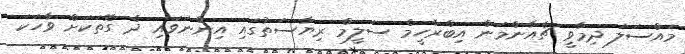
މައްސަލަ ދިމާވީ ޗެއާންމަން އިބްރާހީމް ސަލީމް ރިޔާސަތުގައި އިންނަވައި ދެ ގޮތަކަށް ވާހަކަ